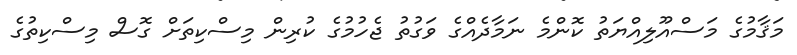
މަޤާމުގެ މަސްއޫލިއްޔަތު ކޮންމެ ނަމާދެއްގެ ވަގުތު ޖެހުމުގެ ކުރިން މިސްކިތަށް ގޮސް މިސްކިތުގެ